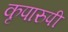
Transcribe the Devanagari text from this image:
कृपारुपी